Report on vaccination in the Province of Bengal - 1869-1873
Year: 1869
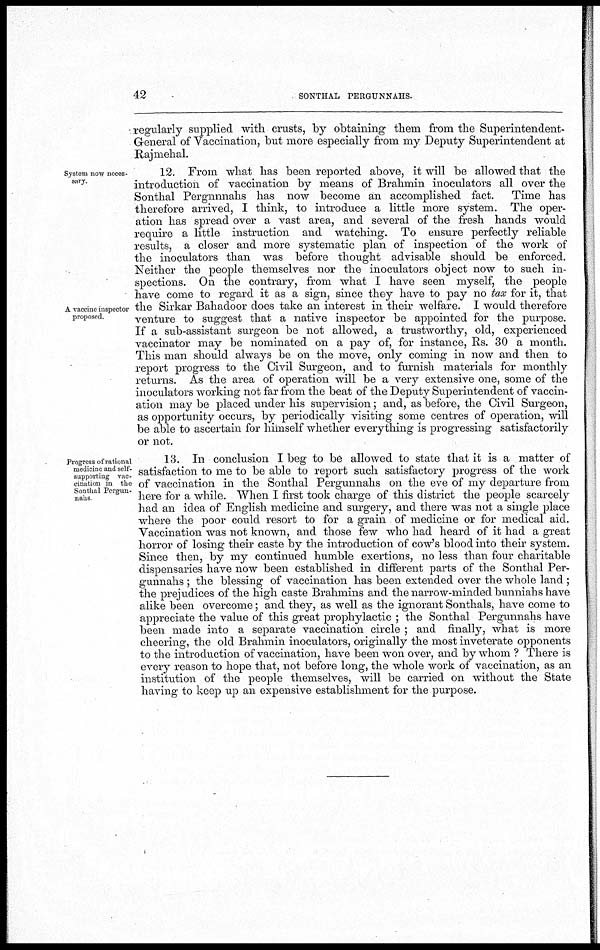
42
SONTHAL PERGUNNAHS.
regularly supplied with crusts, by obtaining them from the Superintendent-
General of Vaccination, but more especially from my Deputy Superintendent at
Rajmehal.
System now neces-
sary.
A vaccine inspector
proposed.
12. From what has been reported above, it will be allowed that the
introduction of vaccination by means of Brahmin inoculators all over the
Sonthal Pergnnnahs has now become an accomplished fact. Time has
therefore arrived, I think, to introduce a little more system. The oper-
ation has spread over a vast area, and several of the fresh hands would
require a little instruction and watching. To ensure perfectly reliable
results, a closer and more systematic plan of inspection of the work of
the inoculators than was before thought advisable should be enforced.
Neither the people themselves nor the inoculators object now to such in-
spections. On the contrary, from what I have seen myself, the people
have come to regard it as a sign, since they have to pay no tax for it, that
the Sirkar Bahadoor does take an interest in their welfare. I would therefore
venture to suggest that a native inspector be appointed for the purpose.
If a sub-assistant surgeon be not allowed, a trustworthy, old, experienced
vaccinator may be nominated on a pay of, for instance, Rs. 30 a month.
This man should always be on the move, only coming in now and then to
report progress to the Civil Surgeon, and to furnish materials for monthly
returns. As the area of operation will be a very extensive one, some of the
inoculators working not far from the beat of the Deputy Superintendent of vaccin-
ation may be placed under his supervision; and, as before, the Civil Surgeon,
as opportunity occurs, by periodically visiting some centres of operation, will
be able to ascertain for himself whether everything is progressing satisfactorily
or not.
Progress of rational
medicine and self-
supporting vac-
cination in the
Sonthal Pergun-
nahs
13. In conclusion I beg to be allowed to state that it is a matter of
satisfaction to me to be able to report such satisfactory progress of the work
of vaccination in the Sonthal Pergunnahs on the eve of my departure from
here for a while. When I first took charge of this district the people scarcely
had an idea of English medicine and surgery, and there was not a single place
where the poor could resort to for a grain of medicine or for medical aid.
Vaccination was not known, and those few who had heard of it had a great
horror of losing their caste by the introduction of cow's blood into their system.
Since then, by my continued humble exertions, no less than four charitable
dispensaries have now been established in different parts of the Sonthal Per-
gunnahs ; the blessing of vaccination has been extended over the whole land ;
the prejudices of the high caste Brahmins and the narrow-minded bunniahs have
alike been overcome; and they, as well as the ignorant Sonthals, have come to
appreciate the value of this great prophylactic ; the Sonthal Pergunnahs have
been made into a separate vaccination circle ; and finally, what is more
cheering, the old Brahmin inoculators, originally the most inveterate opponents
to the introduction of vaccination, have been won over, and by whom ? There is
every reason to hope that, not before long, the whole work of vaccination, as an
institution of the people themselves, will be carried on without the State
having to keep up an expensive establishment for the purpose.